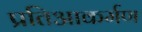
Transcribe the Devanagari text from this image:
प्रतिआकर्मण